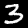
Digit: 3